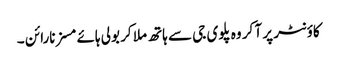
کاؤنٹر پر آ کر وہ پلوی جی سے ہاتھ ملا کر بولی ہائے مسز نارائن ۔